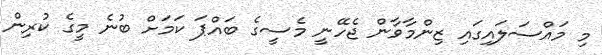
މި މައްސަލައިގައި ޒިންމާވާން ޖެހޭނީ މެސީގެ ބައްޕަ ކަމަށް ބުނެ މީގެ ކުރިން